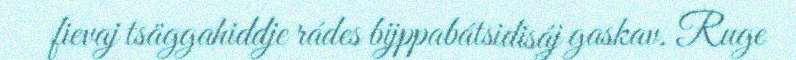
fievaj tsäggahiddje rádes bijppabátsidisáj gaskav. Ruge